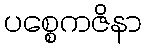
ပစ္စေကဇိနာ